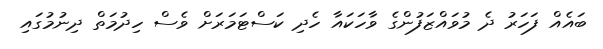
ބައެެއް ފަހަރު ދެ މުވައްޒަފުންގެ ވާހަކައާ ހެދި ކަސްޓަމަރަށް ވެސް ހިދުމަތް ދިނުމުގައި